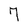
Character: 7